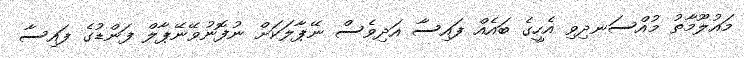
މައުލޫމާތު މުއްސަނދިވި އެހީގެ ބައެއް ފައިސާ އަދިވެސް ނޭޕާލަކަށް ނުފޮނުވޭނޭޕާލް ފަންޑުގެ ފައިސާ